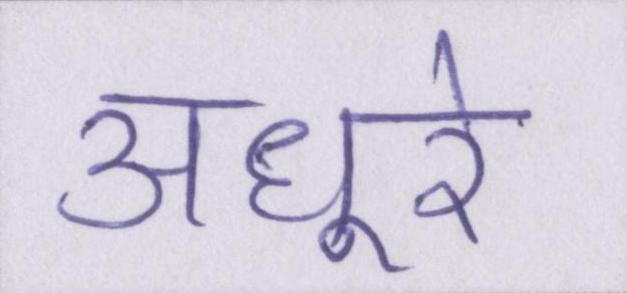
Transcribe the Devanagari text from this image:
अधूरे